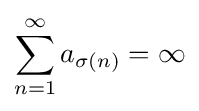
\sum _{n=1}^{\infty }a_{\sigma (n)}=\infty